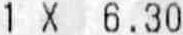
1 X 6.30